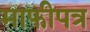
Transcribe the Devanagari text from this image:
माफीपत्र